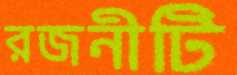
রজনীটি